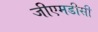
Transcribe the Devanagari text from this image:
जीएमडीसी